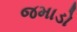
જમાડો